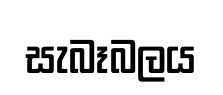
සැබෑබලය